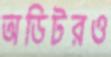
অডিটরও